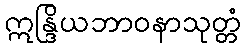
ဣန္ဒြိယဘာဝနာသုတ္တံ